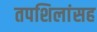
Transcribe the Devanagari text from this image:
तपशिलांसह